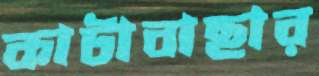
কাটাবাছার